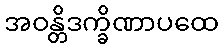
အဝန္တိဒက္ခိဏာပထေ